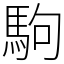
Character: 駒